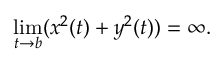
\operatorname* { l i m } _ { t \rightarrow b } ( x ^ { 2 } ( t ) + y ^ { 2 } ( t ) ) = \infty .